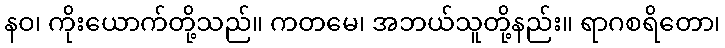
နဝ၊ ကိုးယောက်တို့သည်။ ကတမေ၊ အဘယ်သူတို့နည်း။ ရာဂစရိတော၊